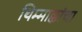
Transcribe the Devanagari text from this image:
थिम्माक्कांचा